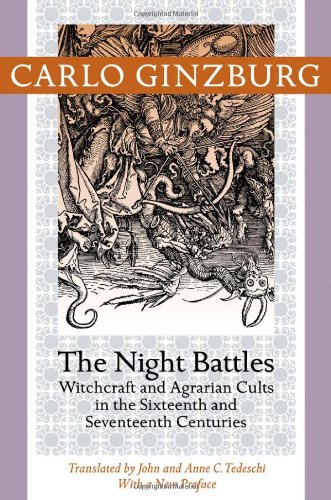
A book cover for The Night Battles: Witchcraft and Agrarian Cults in the Sixteenth and Seventeenth Centuries; Carlo Ginzburg; History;